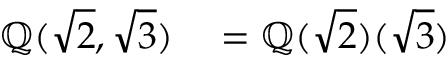
\begin{array} { r l } { \mathbb { Q } ( { \sqrt { 2 } } , { \sqrt { 3 } } ) } & { { } = \mathbb { Q } ( { \sqrt { 2 } } ) ( { \sqrt { 3 } } ) } \end{array}